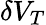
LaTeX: \delta V_{T}